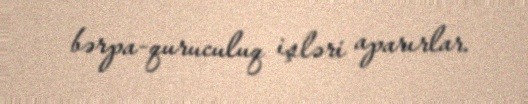
bərpa-quruculuq işləri aparırlar.